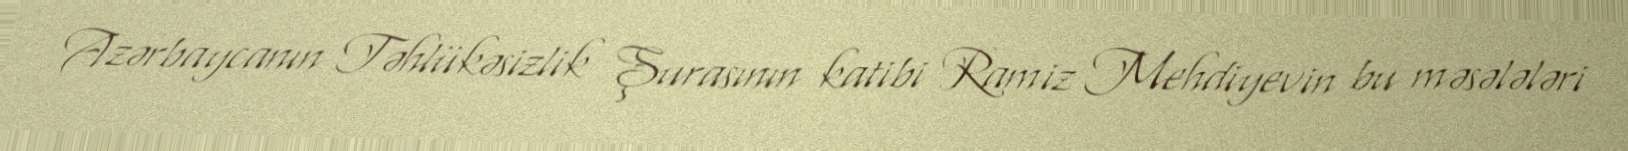
Azərbaycanın Təhlükəsizlik Şurasının katibi Ramiz Mehdiyevin bu məsələləri